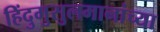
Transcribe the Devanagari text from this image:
हिंदुमुसुलमानांच्या